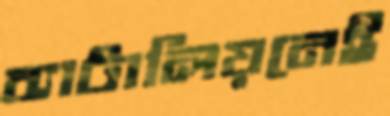
ব্যাটালিয়নেই